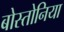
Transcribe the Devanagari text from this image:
बोस्तोनिया